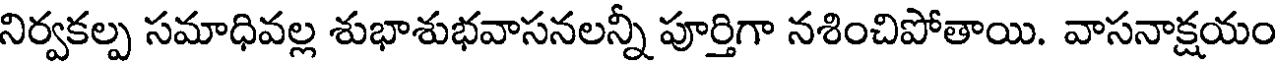
నిర్వకల్ప సమాధివల్ల శుభాశుభవాసనలన్నీ పూర్తిగా నశించిపోతాయి. వాసనాక్షయం